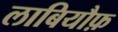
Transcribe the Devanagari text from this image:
लाबियौफ़